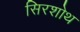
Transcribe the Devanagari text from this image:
सिरशोथ